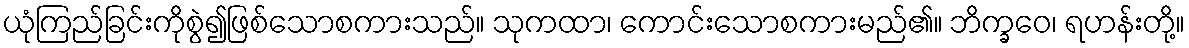
ယုံကြည်ခြင်းကိုစွဲ၍ဖြစ်သောစကားသည်။ သုကထာ၊ ကောင်းသောစကားမည်၏။ ဘိက္ခဝေ၊ ရဟန်းတို့။